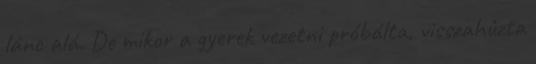
lánc alá. De mikor a gyerek vezetni próbálta, visszahúzta